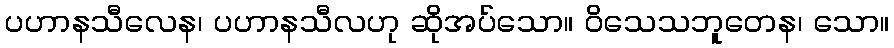
ပဟာနသီလေန၊ ပဟာနသီလဟု ဆိုအပ်သော။ ဝိသေသဘူတေန၊ သော။